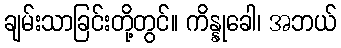
ချမ်းသာခြင်းတို့တွင်။ ကိန္နုခေါ၊ အဘယ်